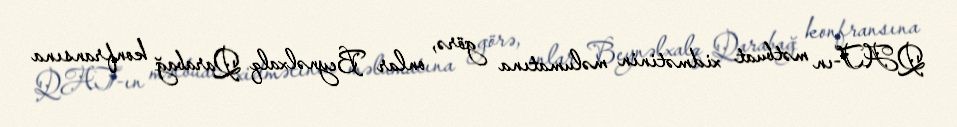
QAT-ın mətbuat xidmətinin məlumatına görə, onlar Beynəlxalq Qarabağ konfransına